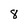
Character: 8